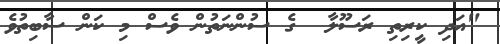
"އަދި ކީރިތި ރަސޫލާ  ގެ ސުންނަތުން ވެސް މި ކަން ސާބިތުވެ